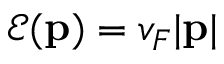
\mathscr { E } ( { \bf p } ) = v _ { F } | { \bf p } |